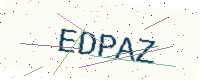
Text: EDPAZ